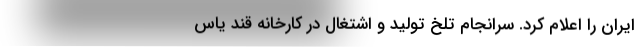
ایران را اعلام کرد. سرانجام تلخ تولید و اشتغال در کارخانه قند یاس